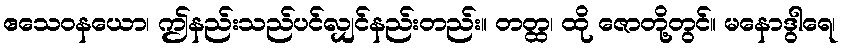
ဧသေဝနယော၊ ဤနည်းသည်ပင်လျှင်နည်းတည်း။ တတ္ထ၊ ထို ဇောတို့တွင်။ မနောဒွါရေ၊